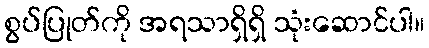
စွပ်ပြုတ်ကို အရသာရှိရှိ သုံးဆောင်ပါ။